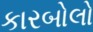
કારબોલો